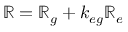
\mathbb { R } = \mathbb { R } _ { g } + k _ { e g } \mathbb { R } _ { e }